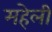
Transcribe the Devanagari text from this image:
महेली